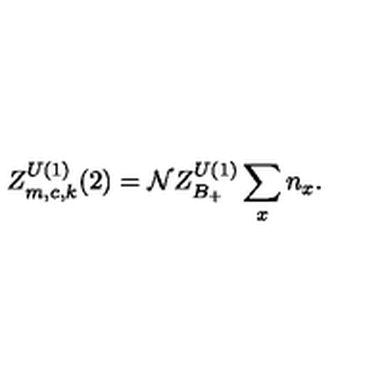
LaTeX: Z _ { m , c , k } ^ { U ( 1 ) } ( 2 ) = { \cal N } Z _ { B _ { + } } ^ { U ( 1 ) } \sum _ { x } n _ { x } .